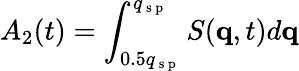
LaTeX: A_{2}(t)=\int_{0.5q_{\mathrm{~s~p~}}}^{q_{\mathrm{~s~p~}}}{S(\mathbf{q},t)d\mathbf{q}}